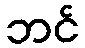
ဘင်